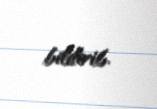
bildirib.